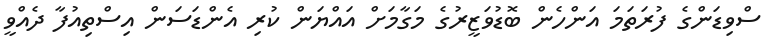
ސްވިޑަންގެ ފުރަތަމަ އަންހެން ބޮޑުވަޒީރުގެ މަގާމަށް އައްޔަން ކުރި އެންޑަސަން އިސްތިއުފާ ދެއްވީ